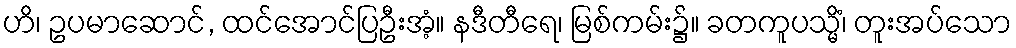
ဟိ၊ ဥပမာဆောင်, ထင်အောင်ပြဦးအံ့။ နဒီတီရေ၊ မြစ်ကမ်း၌။ ခတကူပသ္မိံ၊ တူးအပ်သော